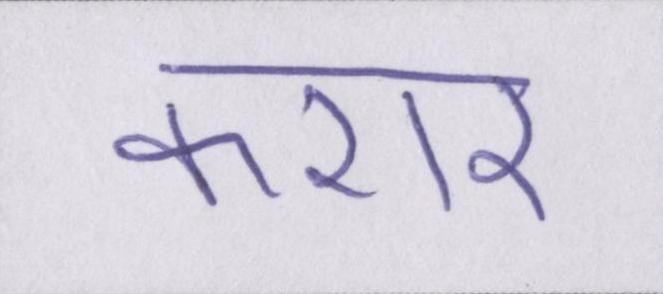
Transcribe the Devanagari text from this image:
करार